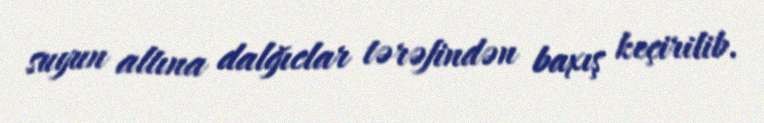
suyun altına dalğıclar tərəfindən baxış keçirilib.